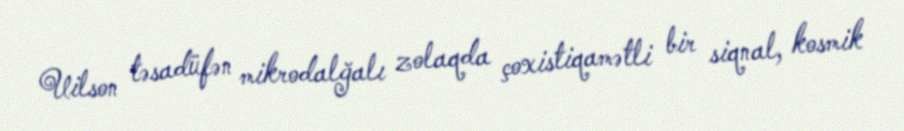
Uilson təsadüfən mikrodalğalı zolaqda çoxistiqamətli bir siqnal, kosmik